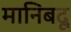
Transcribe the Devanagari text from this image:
मानिबदू